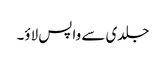
جلدی سے واپس لاؤ۔